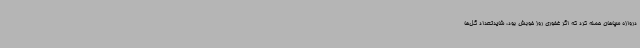
دروازه سپاهان حمله کرد که اگر غفوری روز خوبش بود، شایدتعداد گل‌ها